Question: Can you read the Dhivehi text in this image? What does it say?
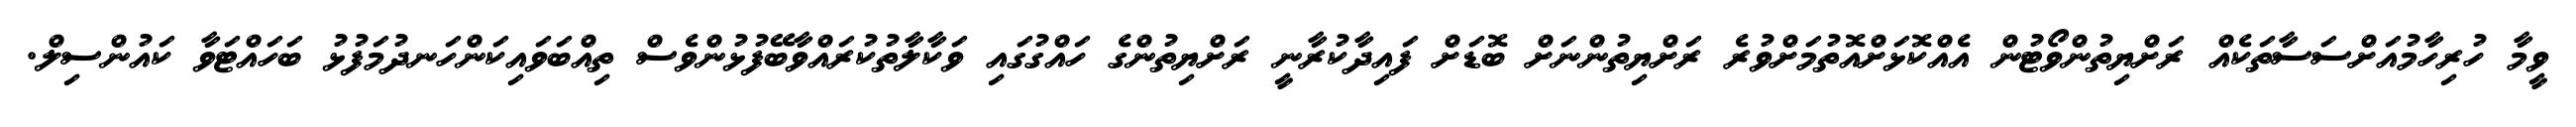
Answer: ވީމާ ހުރިހާމުއަށްސަސާތަކެއް ރަށްޔިތުންވޯޓުން އެއްކޮޅަށްއޮތުމަށްވުރެ ރަށްޔިތުންނަށް ބޮޑަށް ފައިދާކުރާނީ ރަށްޔިތުންގެ ހައްގުގައި ވަކާލާތުކުރައްވާބޭފުޅުންވެސް ތިއްބަވައިކަންހަނދުމަފުޅު ބަހައްޓަވާ ކައުންސިލް.